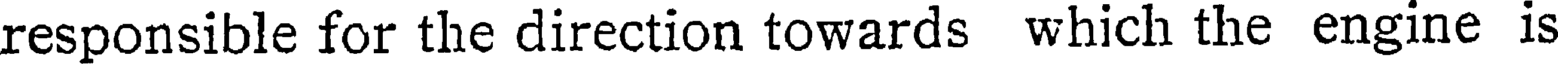
responsible for the direction towards which the engine is